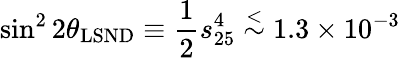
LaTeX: \sin^{2}2\theta_{\mathrm{LSND}}\equiv\frac{1}{2}s_{25}^{4}\stackrel{<}{\sim}1.3\times 10^{-3}